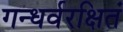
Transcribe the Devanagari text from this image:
गन्धर्वरक्षितं